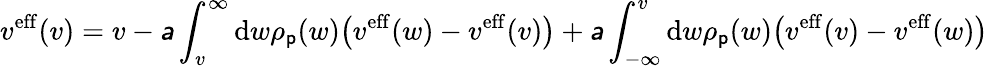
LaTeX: v^{\mathrm{eff}}(v)=v-\mathsfit{a}\int_{v}^{\infty}\mathrm{d}w\rho_{\mathsf{p}}(w)\big(v^{\mathrm{eff}}(w)-v^{\mathrm{eff}}(v)\big)+\mathsfit{a}\int_{-\infty}^{v}\mathrm{d}w\rho_{\mathsf{p}}(w)\big(v^{\mathrm{eff}}(v)-v^{\mathrm{eff}}(w)\big)